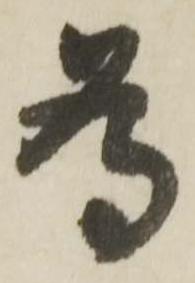
為